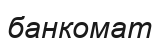
банкомат